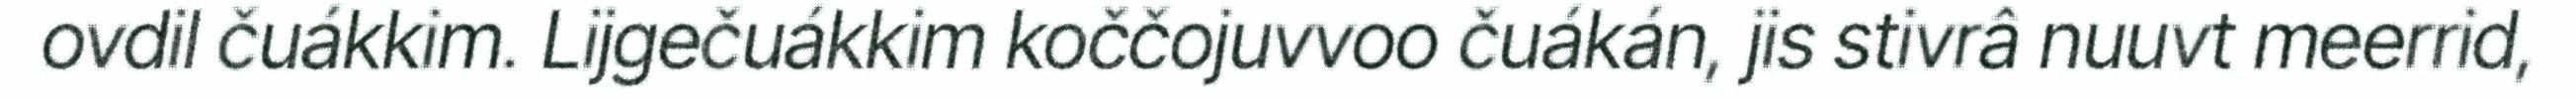
ovdil čuákkim. Lijgečuákkim koččojuvvoo čuákán, jis stivrâ nuuvt meerrid,